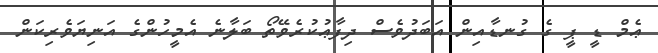
ޢެމް ޑީ ޕީ ގެ ގުނޑާއިން އަބަދުވެސް ދިފާޢުކުރެވޭތޯ ބަލާނެ އެމީހުންގެ އަނިޔަވެރިކަން